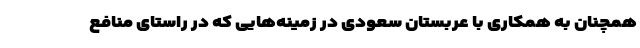
همچنان به همکاری با عربستان سعودی در زمینه‌هایی که در راستای منافع